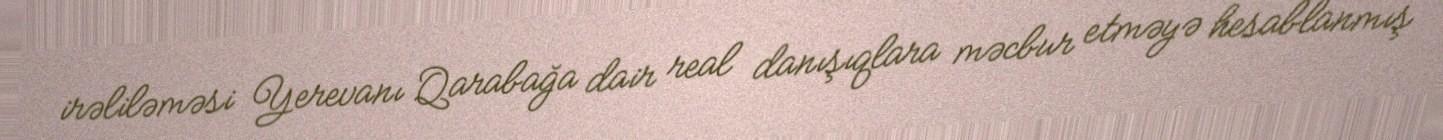
irəliləməsi Yerevanı Qarabağa dair real danışıqlara məcbur etməyə hesablanmış